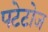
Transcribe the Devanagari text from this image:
पटेटोज